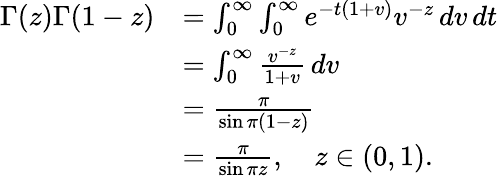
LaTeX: {\begin{array}{rl}{\Gamma(z)\Gamma(1-z)}&{=\int_{0}^{\infty}\int_{0}^{\infty}e^{-t(1+v)}v^{-z}\, dv\, dt}\\ &{=\int_{0}^{\infty}{\frac{v^{-z}}{1+v}}\, dv}\\ &{={\frac{\pi}{\sin\pi(1-z)}}}\\ &{={\frac{\pi}{\sin\pi z}},\quad z\in(0,1).}\end{array}}